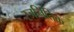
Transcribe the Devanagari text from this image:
रजनितिक